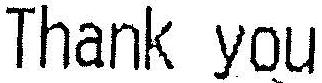
THANK YOU